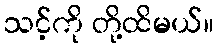
သင့်ကို တို့ထိမယ်။